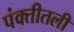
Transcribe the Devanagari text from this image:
पंक्तीतली